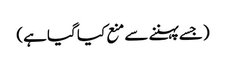
(جسے پہننے سے منع کیا گیا ہے)